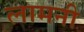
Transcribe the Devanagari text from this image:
लामनी